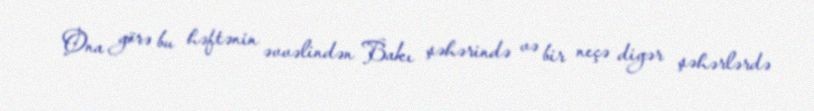
Ona görə bu həftənin əvvəlindən Bakı şəhərində və bir neçə digər şəhərlərdə